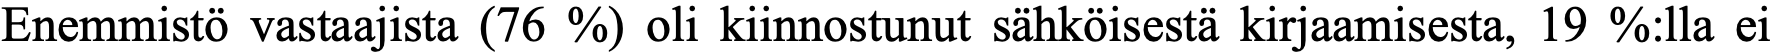
Enemmistö vastaajista (76 %) oli kiinnostunut sähköisestä kirjaamisesta, 19 %:lla ei